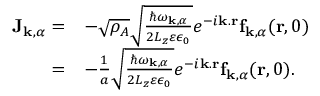
\begin{array} { r l } { \mathbf { J } _ { \mathbf { k } , \alpha } = } & { - \sqrt { \rho _ { A } } \sqrt { \frac { \hbar \omega _ { \mathbf { k } , \alpha } } { 2 L _ { z } \varepsilon \epsilon _ { 0 } } } e ^ { - i \mathbf { k } . \mathbf { r } } \mathbf { f } _ { \mathbf { k } , \alpha } ( \mathbf { r } , 0 ) } \\ { = } & { - \frac { 1 } { a } \sqrt { \frac { \hbar \omega _ { \mathbf { k } , \alpha } } { 2 L _ { z } \varepsilon \epsilon _ { 0 } } } e ^ { - i \mathbf { k } . \mathbf { r } } \mathbf { f } _ { \mathbf { k } , \alpha } ( \mathbf { r } , 0 ) . } \end{array}